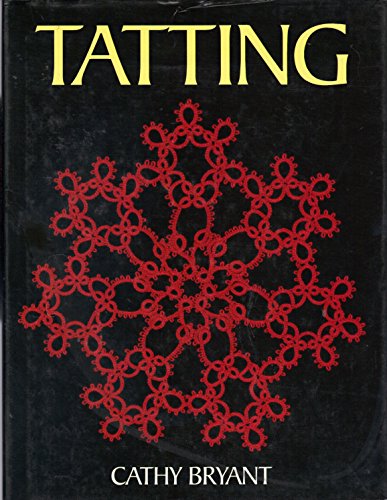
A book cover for Tatting; Cathy Bryant; Crafts, Hobbies & Home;